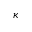
\kappa